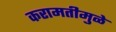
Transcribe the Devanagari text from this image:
करामतीमुळे